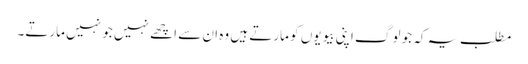
مطلب یہ کہ جو لوگ اپنی بیویوں کو مارتے ہیں وہ ان سے اچھے نہیں جو نہیں مارتے۔